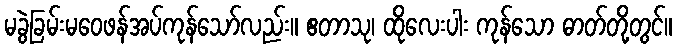
မခွဲခြမ်းမဝေဖန်အပ်ကုန်သော်လည်း။ ဧတာသု၊ ထိုလေးပါး ကုန်သော ဓာတ်တို့တွင်။